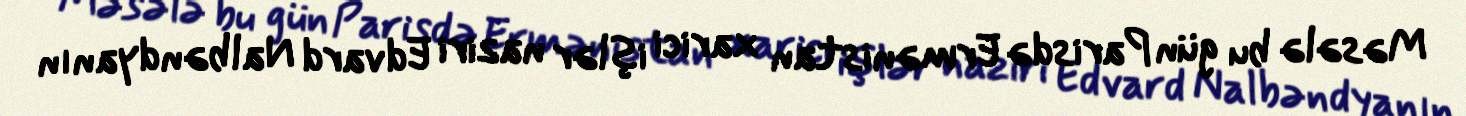
Məsələ bu gün Parisdə Ermənistan xarici işlər naziri Edvard Nalbəndyanın